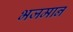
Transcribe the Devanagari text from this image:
भजमान